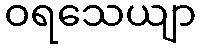
ဝရသေယျာ